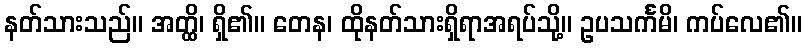
နတ်သားသည်။ အတ္ထိ၊ ရှိ၏။ တေန၊ ထိုနတ်သားရှိရာအရပ်သို့။ ဥပသင်္ကမိ၊ ကပ်လေ၏။